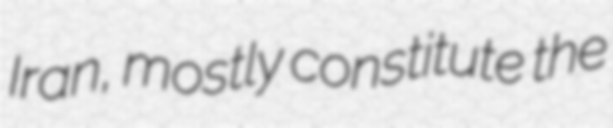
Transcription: Iran, mostly constitute the